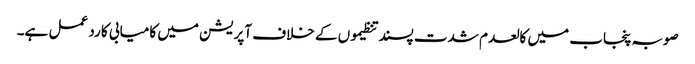
صوبہ پنجاب میں کالعدم شدت پسند تنظیموں کے خلاف آپریشن میں کامیابی کا رد عمل ہے۔